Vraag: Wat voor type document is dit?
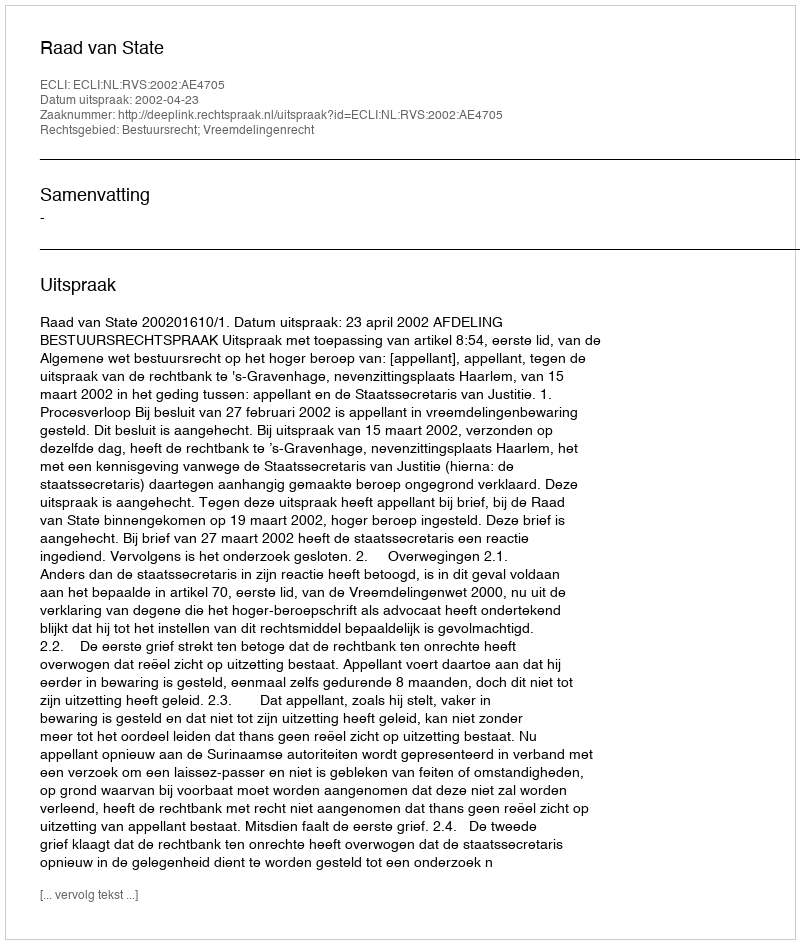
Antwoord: Uitspraak